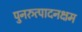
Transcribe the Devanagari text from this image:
पुनरुत्पादनक्षम